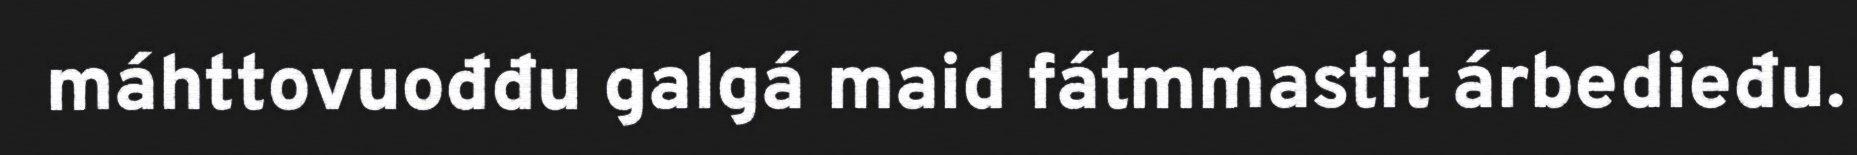
máhttovuođđu galgá maid fátmmastit árbedieđu.